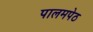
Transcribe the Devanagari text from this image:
पालमपेठ